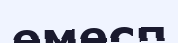
емесп